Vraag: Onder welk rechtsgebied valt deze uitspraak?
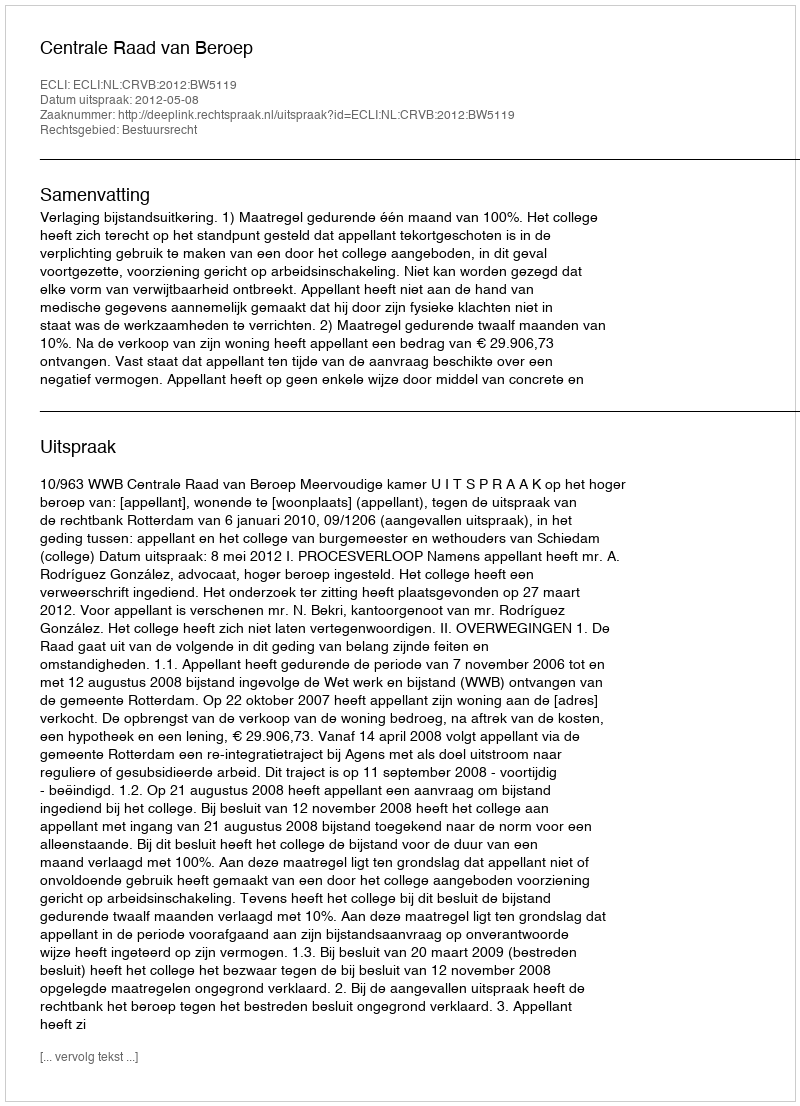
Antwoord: Bestuursrecht